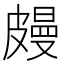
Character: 㿸